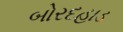
બોરદહાડ